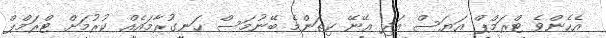
އެހެންވެ ޓްރަމްޕް އަޔަސް އަދި އޭނޭ ކިތަންމެ ބޭނުމަސް ހަނގުރާމައެއް ކުރުމަށް ޓްރަމްޕް